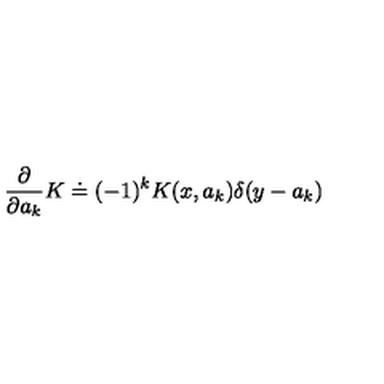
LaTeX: { \frac { \partial } { \partial a _ { k } } } K \doteq ( - 1 ) ^ { k } K ( x , a _ { k } ) \delta ( y - a _ { k } )